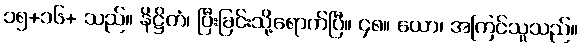
၁၅+၁၆+ သည်။ နိဋ္ဌိတံ၊ ပြီးခြင်းသို့ရောက်ပြီ။ ၄၈။ ယော၊ အကြင်သူသည်။